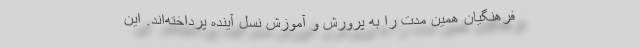
فرهنگیان همین مدت را به پرورش و آموزش نسل آینده پرداخته‌اند. این